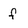
Character: f